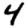
Digit: 4